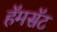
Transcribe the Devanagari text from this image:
हॅमसॅट